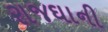
રાજઘાની